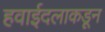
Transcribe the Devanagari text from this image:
हवाईदलाकडून